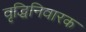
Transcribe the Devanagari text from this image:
वृद्धिनिवारक